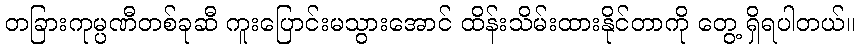
တခြားကုမ္ပဏီတစ်ခုဆီ ကူးပြောင်းမသွားအောင် ထိန်းသိမ်းထားနိုင်တာကို တွေ့ ရှိရပါတယ်။